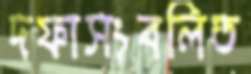
দফাসংবলিত